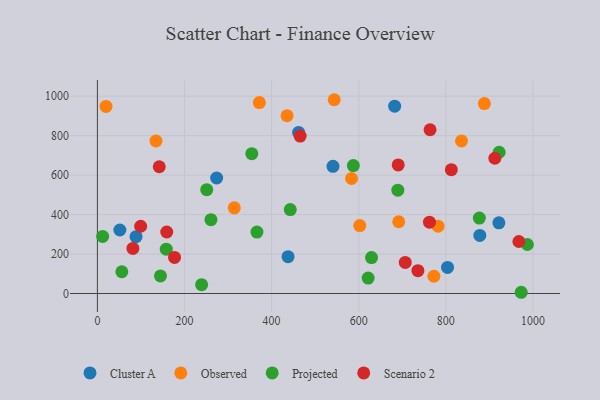
{"axis": {"x": "Distance", "y": "Sales"}, "legend": ["Cluster A", "Observed", "Projected", "Scenario 2"], "data": [{"x": "51.6", "y": 321.8, "type": "Cluster A"}, {"x": "682.5", "y": 949.5, "type": "Cluster A"}, {"x": "88.7", "y": 288.0, "type": "Cluster A"}, {"x": "462.0", "y": 816.5, "type": "Cluster A"}, {"x": "878.0", "y": 294.4, "type": "Cluster A"}, {"x": "437.7", "y": 186.7, "type": "Cluster A"}, {"x": "273.8", "y": 585.4, "type": "Cluster A"}, {"x": "540.9", "y": 644.8, "type": "Cluster A"}, {"x": "803.9", "y": 131.9, "type": "Cluster A"}, {"x": "921.8", "y": 358.4, "type": "Cluster A"}, {"x": "371.8", "y": 967.7, "type": "Observed"}, {"x": "583.5", "y": 582.9, "type": "Observed"}, {"x": "19.8", "y": 948.3, "type": "Observed"}, {"x": "691.8", "y": 363.6, "type": "Observed"}, {"x": "888.5", "y": 962.5, "type": "Observed"}, {"x": "602.4", "y": 344.4, "type": "Observed"}, {"x": "782.1", "y": 341.0, "type": "Observed"}, {"x": "772.6", "y": 87.4, "type": "Observed"}, {"x": "314.3", "y": 434.3, "type": "Observed"}, {"x": "134.5", "y": 772.9, "type": "Observed"}, {"x": "435.5", "y": 901.1, "type": "Observed"}, {"x": "543.7", "y": 982.1, "type": "Observed"}, {"x": "836.0", "y": 773.3, "type": "Observed"}, {"x": "239.3", "y": 44.9, "type": "Projected"}, {"x": "587.6", "y": 648.4, "type": "Projected"}, {"x": "442.8", "y": 425.6, "type": "Projected"}, {"x": "973.0", "y": 6.2, "type": "Projected"}, {"x": "876.9", "y": 382.1, "type": "Projected"}, {"x": "158.1", "y": 224.8, "type": "Projected"}, {"x": "12.0", "y": 289.2, "type": "Projected"}, {"x": "144.8", "y": 89.2, "type": "Projected"}, {"x": "251.0", "y": 526.2, "type": "Projected"}, {"x": "629.4", "y": 182.3, "type": "Projected"}, {"x": "260.7", "y": 374.1, "type": "Projected"}, {"x": "56.1", "y": 110.2, "type": "Projected"}, {"x": "354.5", "y": 708.7, "type": "Projected"}, {"x": "922.4", "y": 715.9, "type": "Projected"}, {"x": "689.8", "y": 523.7, "type": "Projected"}, {"x": "366.3", "y": 311.1, "type": "Projected"}, {"x": "987.2", "y": 248.4, "type": "Projected"}, {"x": "621.6", "y": 78.3, "type": "Projected"}, {"x": "762.4", "y": 361.4, "type": "Scenario 2"}, {"x": "735.9", "y": 115.8, "type": "Scenario 2"}, {"x": "99.4", "y": 340.8, "type": "Scenario 2"}, {"x": "706.8", "y": 157.5, "type": "Scenario 2"}, {"x": "690.6", "y": 651.9, "type": "Scenario 2"}, {"x": "142.0", "y": 642.3, "type": "Scenario 2"}, {"x": "177.1", "y": 182.9, "type": "Scenario 2"}, {"x": "912.5", "y": 685.5, "type": "Scenario 2"}, {"x": "465.5", "y": 798.0, "type": "Scenario 2"}, {"x": "81.5", "y": 228.4, "type": "Scenario 2"}, {"x": "763.8", "y": 830.0, "type": "Scenario 2"}, {"x": "812.6", "y": 627.8, "type": "Scenario 2"}, {"x": "159.2", "y": 311.8, "type": "Scenario 2"}, {"x": "967.7", "y": 263.6, "type": "Scenario 2"}]}